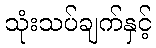
သုံးသပ်ချက်နှင့်